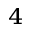
_ 4